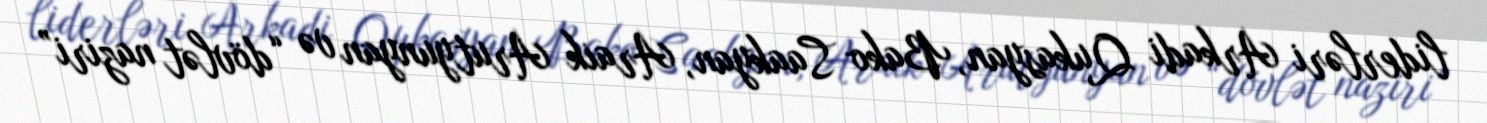
liderləri Arkadi Qukasyan, Bako Saakyan, Araik Arutyunyan və “dövlət naziri”